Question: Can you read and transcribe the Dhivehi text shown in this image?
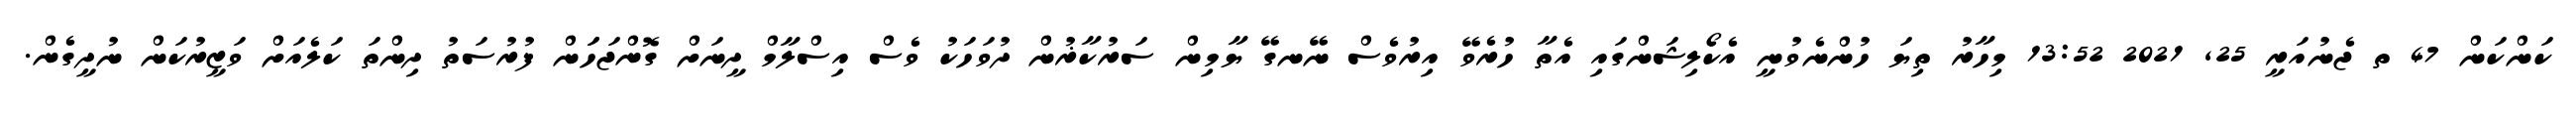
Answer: ކަންކަން 47 ތ ޖެނުއަރީ 25, 2021 13:52 މިހާރު ތިޔަ ހުންނެވުނީ އެކޯލިޝަންގައި އެތާ ހުރެވޭ އިރުވެސް ނޭނގޭ ޔާމިން ސަރުކާޜުން ދުވަހަކު ވެސް އިސްލާމް ދީނަށް ގޮންޖަހަަން ފުރުސަތު ދިންތަ ކަލެއަށް ވަޒީރުކަން ނުދީގެން.